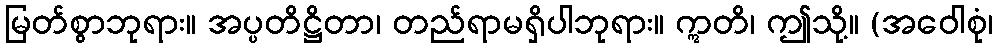
မြတ်စွာဘုရား။ အပ္ပတိဋ္ဌိတာ၊ တည်ရာမရှိပါဘုရား။ ဣတိ၊ ဤသို့။ (အဝေါစုံ၊